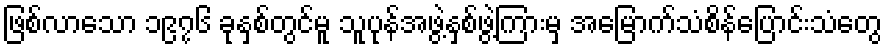
ဖြစ်လာသော ၁၉၇၆ ခုနှစ်တွင်မူ သူပုန်အဖွဲ့နှစ်ဖွဲ့ကြားမှ အမြောက်သံစိန်ပြောင်းသံတွေ